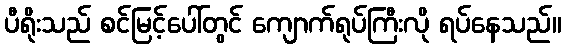
ပီရိုးသည် စင်မြင့်ပေါ်တွင် ကျောက်ရုပ်ကြီးလို ရပ်နေသည်။